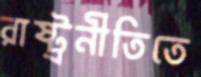
রাষ্ট্রনীতিতে